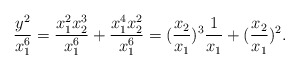
\begin{align*}\frac{y^2}{x_1^6} = \frac{x_1^2 x_2^3}{x_1^6} + \frac{x_1^4 x_2^2}{x_1^6} = (\frac{x_2}{x_1})^3 \frac{1}{x_1} + (\frac{x_2}{x_1})^2 .\end{align*}